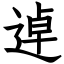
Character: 逴